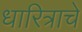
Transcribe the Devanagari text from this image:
धारित्राचे